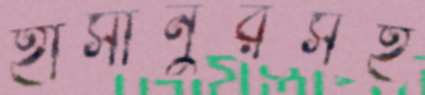
হাসানুরসহ